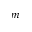
m